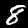
Label: 8